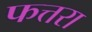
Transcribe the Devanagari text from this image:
फत्तरा